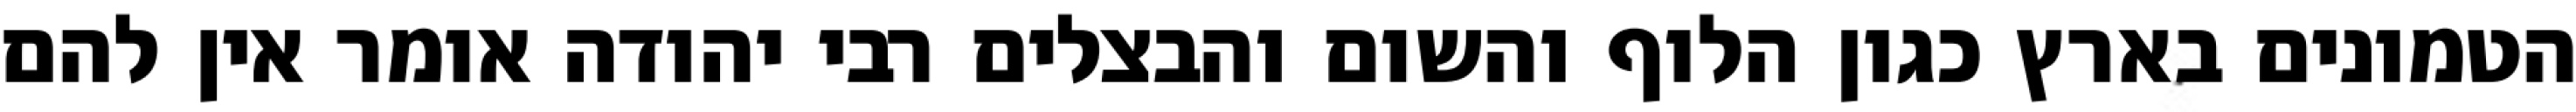
הטמונים בארץ כגון הלוף והשום והבצלים רבי יהודה אומר אין להם